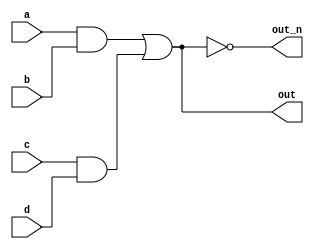
`default_nettype none
module top_module(
    input a,
    input b,
    input c,
    input d,
    output out,
    output out_n   );

    wire tmp1 = a&b;
    wire tmp2 = c&d;
    wire tmp3 = tmp1 | tmp2;
    
    assign out = tmp3;
    assign out_n = ~tmp3;
endmodule